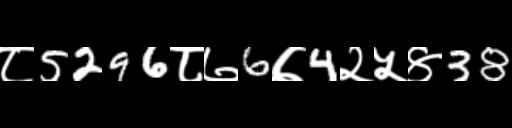
Text: ८5296८७6७4२५४38